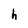
Character: h